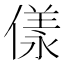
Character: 𠍵